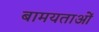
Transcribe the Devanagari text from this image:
बामयताओं